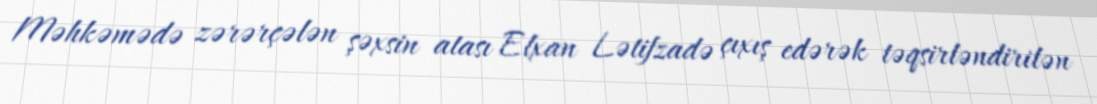
Məhkəmədə zərərçələn şəxsin atası Elxan Lətifzadə çıxış edərək təqsirləndirilən